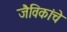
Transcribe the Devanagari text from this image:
जैविकांचे